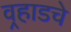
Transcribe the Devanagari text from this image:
वर्‍हाडचे